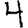
Digit: 4